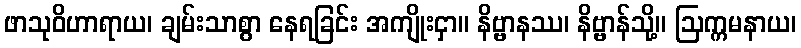
ဖာသုဝိဟာရာယ၊ ချမ်းသာစွာ နေရခြင်း အကျိုးငှာ။ နိဗ္ဗာနဿ၊ နိဗ္ဗာန်သို့။ ဩက္ကမနာယ၊